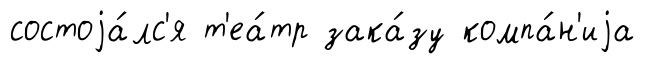
состоjа́лс'я т'еа́тр зака́зу компа́н'иjа